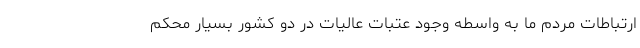
ارتباطات مردم ما به واسطه وجود عتبات عالیات در دو کشور بسیار محکم